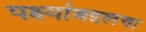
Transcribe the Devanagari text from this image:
पक्ष्यांबद्दलचा